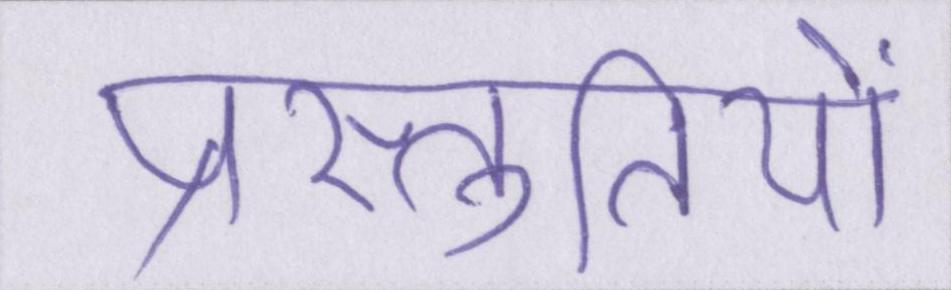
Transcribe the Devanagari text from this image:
प्रस्तुतियों